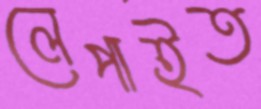
লেপাইত